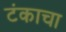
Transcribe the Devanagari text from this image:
टंकाचा